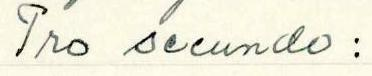
Pro secundo: